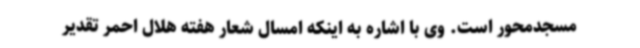
مسجدمحور است. وی با اشاره به اینکه امسال شعار هفته هلال احمر تقدیر